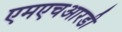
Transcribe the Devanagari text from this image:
एमएचआरडी